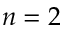
n = 2